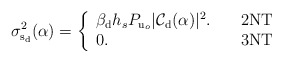
\begin{align*}&\!\!\!\!\!\!\!\sigma_{{\rm s_d}}^2(\alpha)= \left\{\begin{array}{ll}\beta_{\rm d} h_s P_{{\rm u}_{o}} |\mathcal{C}_{\rm d}(\alpha)|^2. \ \ \ & {\rm 2NT} \\0. & {\rm 3NT}\end{array}\right.\end{align*}